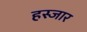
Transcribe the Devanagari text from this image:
हस्जार